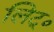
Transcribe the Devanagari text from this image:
लिट्०